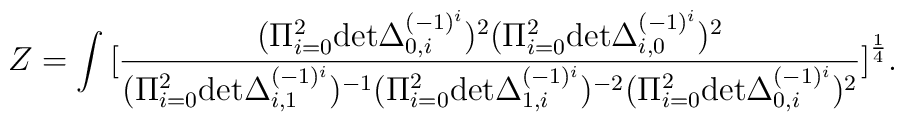
Z=\int \big[{(\Pi_{i=0}^2 {\rm det}\Delta_{0,i}^{(-1)^i})^2(\Pi_{i=0}^2{\rm det} \Delta_{i,0}^{(-1)^i})^2\over(\Pi_{i=0}^2 {\rm det}\Delta_{i,1}^{(-1)^i})^{-1}(\Pi_{i=0}^2 {\rm det}\Delta_{1,i}^{(-1)^i})^{-2}(\Pi_{i=0}^2 {\rm det}\Delta_{0,i}^{(-1)^i})^2}\big]^{1\over 4}.